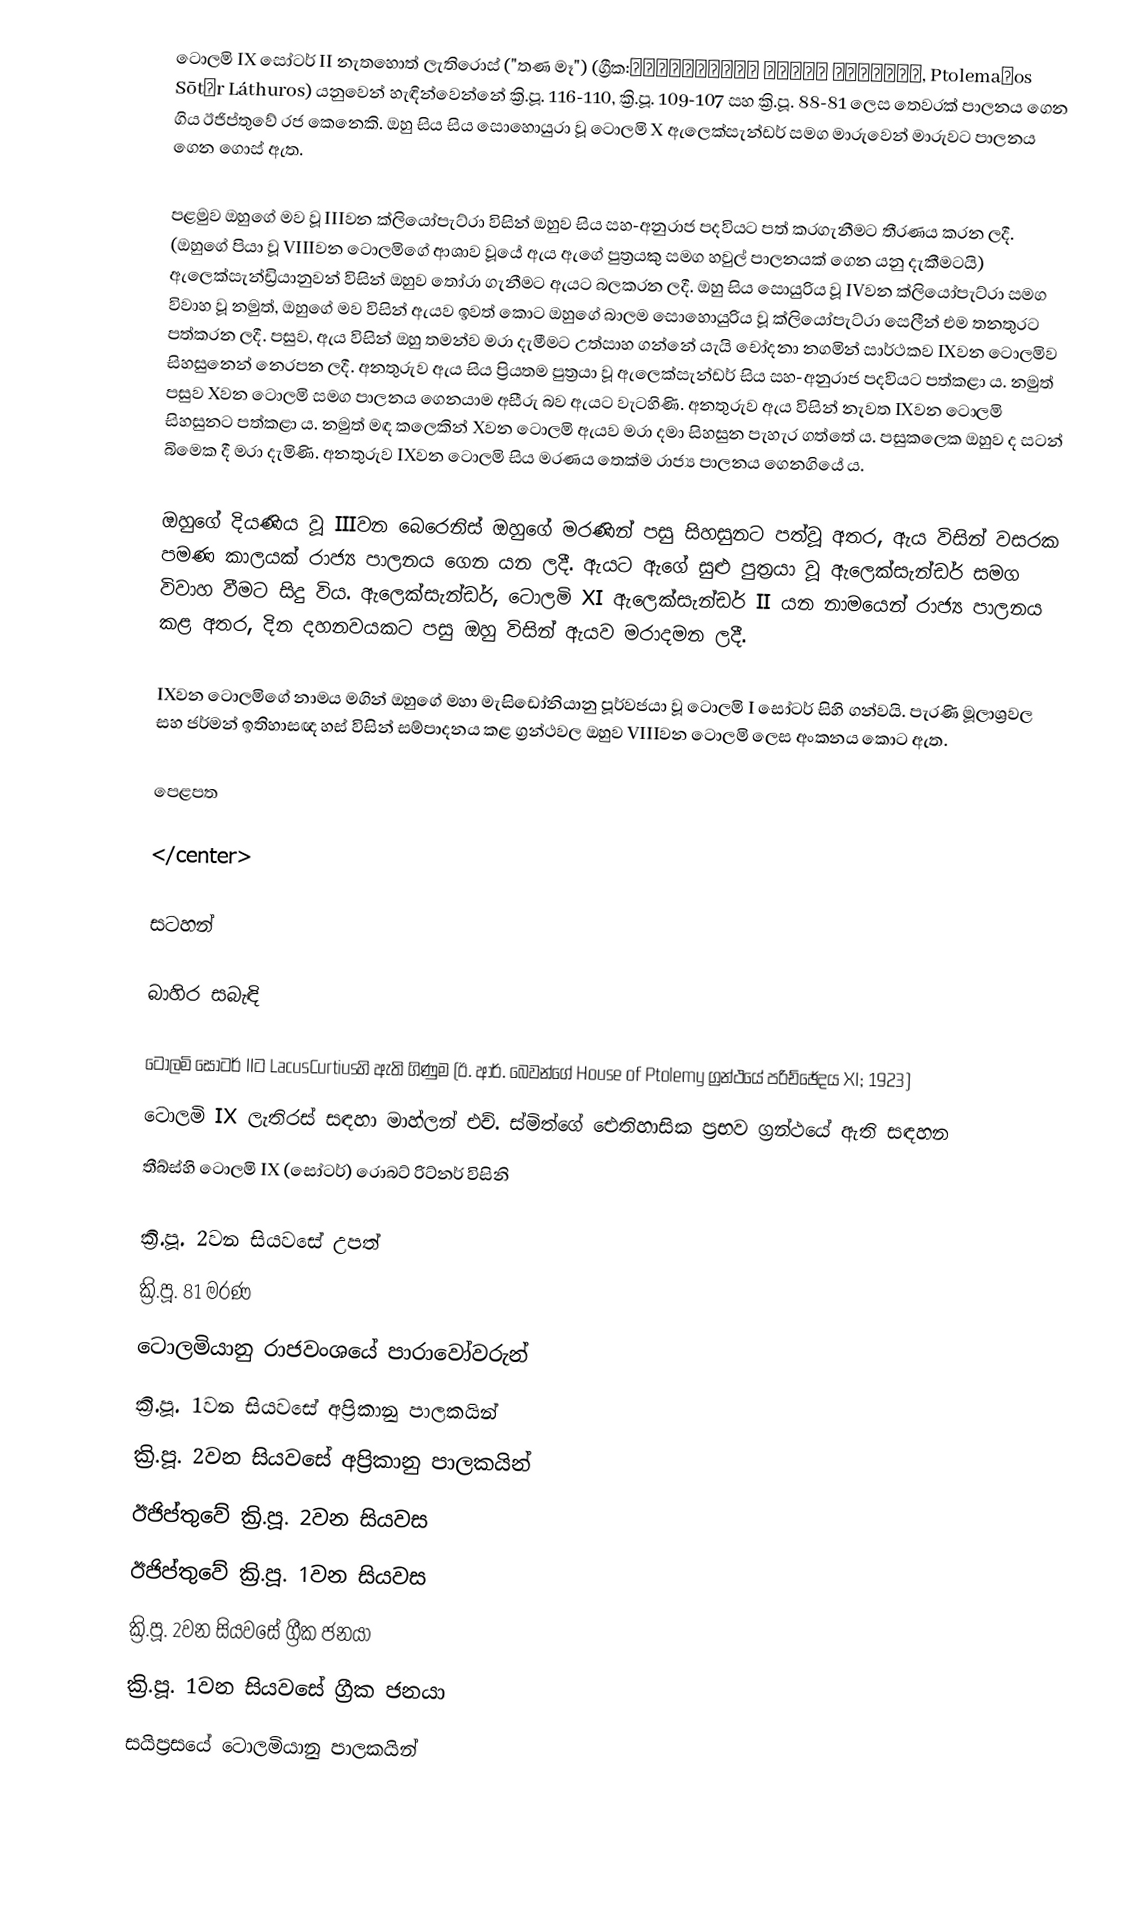
ටොලමි IX සෝටර් II නැතහොත් ලැතිරොස් ("තණ මෑ") (ග්‍රීක:Πτολεμαῖος Σωτήρ Λάθυρος, Ptolemaĩos Sōtḗr Láthuros) යනුවෙන් හැඳින්වෙන්නේ ක්‍රි.පූ. 116-110, ක්‍රි.පූ. 109-107 සහ ක්‍රි.පූ. 88-81 ලෙස තෙවරක් පාලනය ගෙන ගිය ඊජිප්තුවේ රජ කෙනෙකි. ඔහු සිය සිය සොහොයුරා වූ ටොලමි X ඇලෙක්සැන්ඩර් සමග මාරුවෙන් මාරුවට පාලනය ගෙන ගොස් ඇත.

පළමුව ඔහුගේ මව වූ IIIවන ක්ලියෝපැට්රා විසින් ඔහුව සිය සහ-අනුරාජ පදවියට පත් කරගැනීමට තීරණය කරන ලදී. (ඔහුගේ පියා වූ VIIIවන ටොලමිගේ ආශාව වූයේ ඇය ඇගේ පුත්‍රයකු සමග හවුල් පාලනයක් ගෙන යනු දැකීමටයි) ඇලෙක්සැන්ඩ්‍රියානුවන් විසින් ඔහුව තෝරා ගැනීමට ඇයට බලකරන ලදී. ඔහු සිය සොයුරිය වූ IVවන ක්ලියෝපැට්රා සමග විවාහ වූ නමුත්, ඔහුගේ මව විසින් ඇයව ඉවත් කොට ඔහුගේ බාලම සොහොයුරිය වූ ක්ලියෝපැට්රා සෙලීන් එම තනතුරට පත්කරන ලදී. පසුව, ඇය විසින් ඔහු තමන්ව මරා දැමීමට උත්සාහ ගන්නේ යැයි චෝදනා නගමින් සාර්ථකව IXවන ටොලමිව සිහසුනෙන් නෙරපන ලදී. අනතුරුව ඇය සිය ප්‍රියතම පුත්‍රයා වූ ඇලෙක්සැන්ඩර් සිය සහ-අනුරාජ පදවියට පත්කළා ය. නමුත් පසුව Xවන ටොලමි සමග පාලනය ගෙනයාම අසීරු බව ඇයට වැටහිණි. අනතුරුව ඇය විසින් නැවත IXවන ටොලමි සිහසුනට පත්කළා ය. නමුත් මඳ කලෙකින් Xවන ටොලමි ඇයව මරා දමා සිහසුන පැහැර ගත්තේ ය. පසුකලෙක ඔහුව ද සටන් බිමෙක දී මරා දැමිණි. අනතුරුව IXවන ටොලමි සිය මරණය තෙක්ම රාජ්‍ය පාලනය ගෙනගියේ ය.

ඔහුගේ දියණිය වූ IIIවන බෙරෙනිස් ඔහුගේ මරණින් පසු සිහසුනට පත්වූ අතර, ඇය විසින් වසරක පමණ කාලයක් රාජ්‍ය පාලනය ගෙන යන ලදී. ඇයට ඇගේ සුළු පුත්‍රයා වූ ඇලෙක්සැන්ඩර් සමග විවාහ වීමට සිදු විය. ඇලෙක්සැන්ඩර්, ටොලමි XI ඇලෙක්සැන්ඩර් II යන නාමයෙන් රාජ්‍ය පාලනය කළ අතර, දින දහනවයකට පසු ඔහු විසින් ඇයව මරාදමන ලදී.

IXවන ටොලමිගේ නාමය මගින් ඔහුගේ මහා මැසිඩෝනියානු පූර්වජයා වූ ටොලමි I සෝටර් සිහි ගන්වයි. පැරණි මූලාශ්‍රවල සහ ජර්මන් ඉතිහාසඥ හස් විසින් සම්පාදනය කළ ග්‍රන්ථවල ඔහුව VIIIවන ටොලමි ලෙස අංකනය කොට ඇත.

පෙළපත

</center>

සටහන්

බාහිර සබැඳි

ටොලමි සෝටර් IIට LacusCurtiusහි ඇති ගිණුම (ඊ. ආර්. බෙවන්ගේ House of Ptolemy ග්‍රන්ථයේ පරිච්ඡේදය XI; 1923)
ටොලමි IX ලැතිරස් සඳහා මාහ්ලන් එච්. ස්මිත්ගේ ඓතිහාසික ප්‍රභව ග්‍රන්ථයේ ඇති සඳහන
තීබ්ස්හි ටොලමි IX (සෝටර්) රොබට් රිට්නර් විසිනි

ක්‍රි.පූ. 2වන සියවසේ උපත්
ක්‍රි.පූ. 81 මරණ
ටොලමියානු රාජවංශයේ පාරාවෝවරුන්
ක්‍රි.පූ. 1වන සියවසේ අප්‍රිකානු පාලකයින්
ක්‍රි.පූ. 2වන සියවසේ අප්‍රිකානු පාලකයින්
ඊජිප්තුවේ ක්‍රි.පූ. 2වන සියවස
ඊජිප්තුවේ ක්‍රි.පූ. 1වන සියවස
ක්‍රි.පූ. 2වන සියවසේ ග්‍රීක ජනයා
ක්‍රි.පූ. 1වන සියවසේ ග්‍රීක ජනයා
සයිප්‍රසයේ ටොලමියානු පාලකයින්